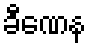
ခီဏေန